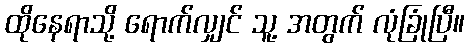
ထိုနေရာသို့ ရောက်လျှင် သူ့ အတွက် လုံခြုံပြီ။